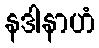
နဒါနာဟံ